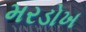
મરડોખ